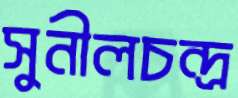
সুনীলচন্দ্র